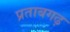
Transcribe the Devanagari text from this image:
प्रताबगढ़